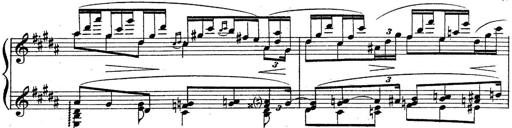
Title: Sonatine
Composer: Adrian Shaposhnikov
Key: E minor